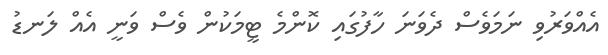
އެއްވަރުވި ނަމަވެސް ދެވަނަ ހާފުގައި ކޮންމެ ޓީމަކުން ވެސް ވަނީ އެއް ލަނޑު